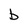
Character: b